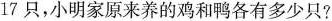
17只，小明家原来养的鸡和鸭各有多少只？